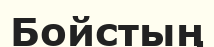
Бойстың